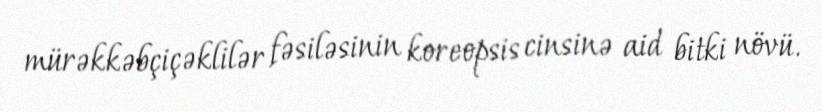
mürəkkəbçiçəklilər fəsiləsinin koreopsis cinsinə aid bitki növü.